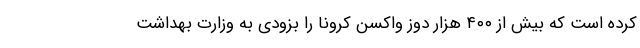
کرده است که بیش از ۴۰۰ هزار دوز واکسن کرونا را بزودی به وزارت بهداشت